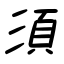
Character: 須